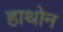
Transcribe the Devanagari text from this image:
हाथोन